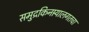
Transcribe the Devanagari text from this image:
समुद्रकिनार्‍यालगतचा